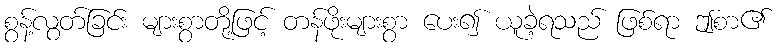
စွန့်လွတ်ခြင်း များစွာတို့ဖြင့် တန်ဖိုးများစွာ ပေး၍ ယူခဲ့ရသည် ဖြစ်ရာ ဤစာ၏